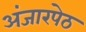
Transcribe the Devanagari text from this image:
अंजारपेठ